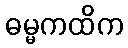
ဓမ္မကထိက